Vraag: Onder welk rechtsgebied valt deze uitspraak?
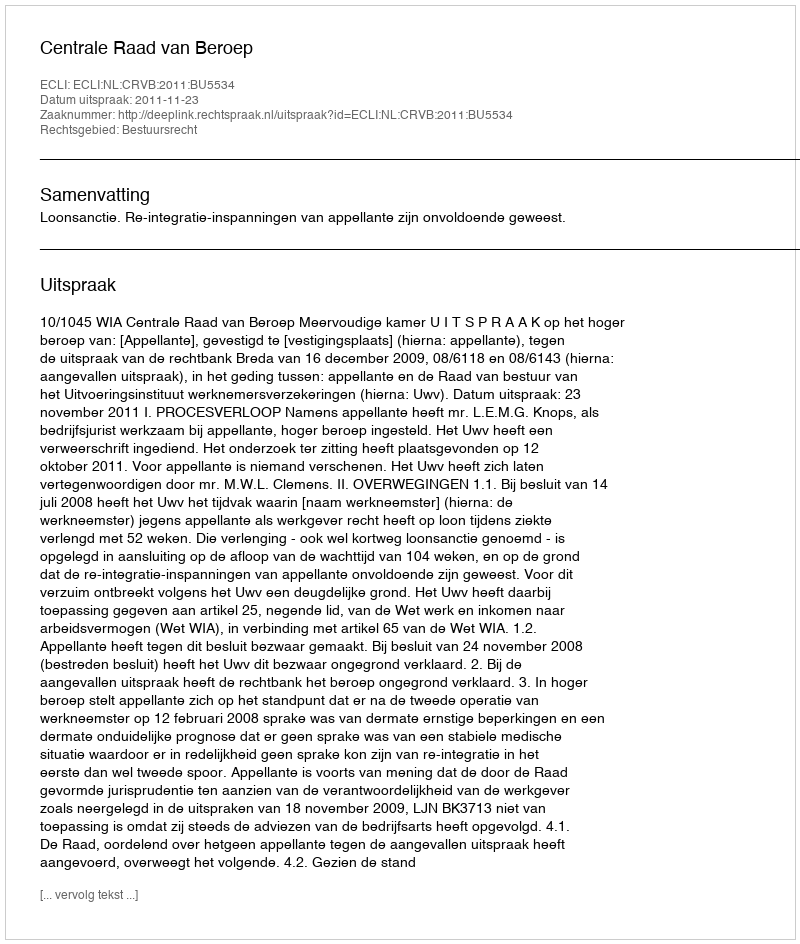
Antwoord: Bestuursrecht